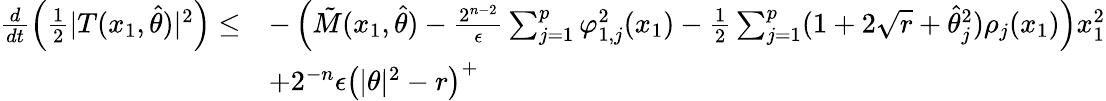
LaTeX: \begin{array}{rl}{\frac{d}{dt}\left(\frac{1}{2}\vert T(x_{1},\hat{\theta})\vert^{2}\right)\leq}&{-\left(\tilde{M}(x_{1},\hat{\theta})-\frac{2^{n-2}}{\epsilon}\sum_{j=1}^{p}\varphi_{1,j}^{2}(x_{1})-\frac{1}{2}\sum_{j=1}^{p}(1+2\sqrt{r}+\hat{\theta}_{j}^{2})\rho_{j}(x_{1})\right)x_{1}^{2}}\\ &{+2^{-n}\epsilon\left(\vert\theta\vert^{2}-r\right)^{+}}\end{array}